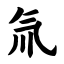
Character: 氚